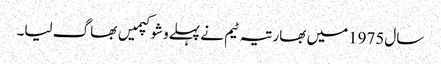
سال1975میں بھارتیہ ٹیم نے پہلےوشوکپمیں بھاگ لیا۔